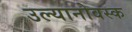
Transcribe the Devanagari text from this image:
उल्यानोवस्क